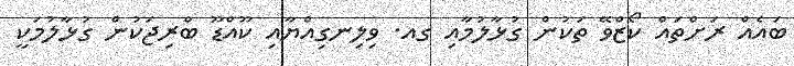
ބައެއް ރަށްތައް ކޯޒްވޭ ތަކުން ގުޅާލުމާއި ގއ. ވިލިނގިއްޔާއި ކޫއްޑޫ ބްރިޖަކުން ގުޅާލުމަކީ